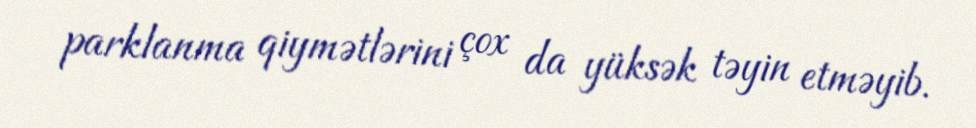
parklanma qiymətlərini çox da yüksək təyin etməyib.